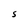
Character: S